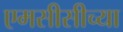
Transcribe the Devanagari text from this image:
एमसीसीच्या